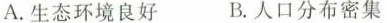
A.生态环境良好 B.人口分布密集